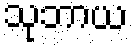
သုဘာယ